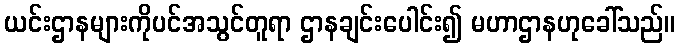
ယင်းဌာနများကိုပင်အသွင်တူရာ ဌာနချင်းပေါင်း၍ မဟာဌာနဟုခေါ်သည်။